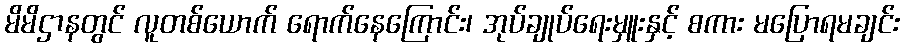
မိမိဌာနတွင် လူတစ်ယောက် ရောက်နေကြောင်း၊ အုပ်ချုပ်ရေးမှူးနှင့် စကား မပြောရမချင်း